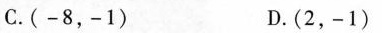
C.(-8，-1) D.(2，-1)